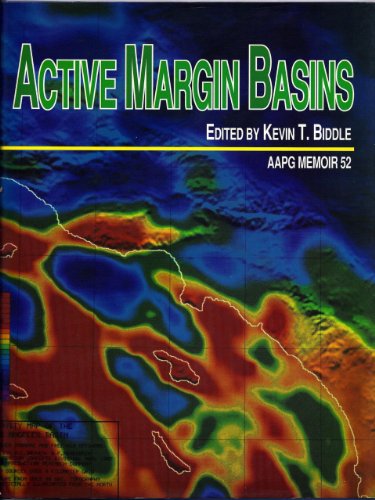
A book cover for Active Margin Basins (AAPG Memoir); Kevin T. Biddle; Science & Math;